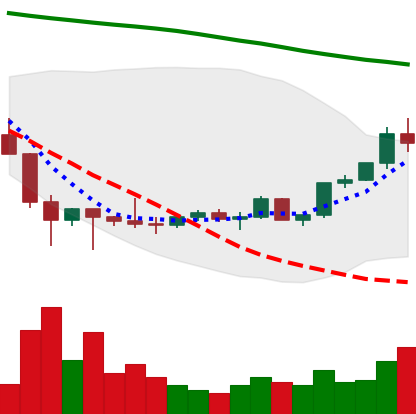
Ticker: LTC-USD
Chart end date: 2022-02-08
Forward return: -5.812%
Label: down_5_7